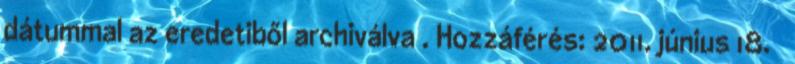
dátummal az eredetiből archiválva . Hozzáférés: 2011. június 18. ↑